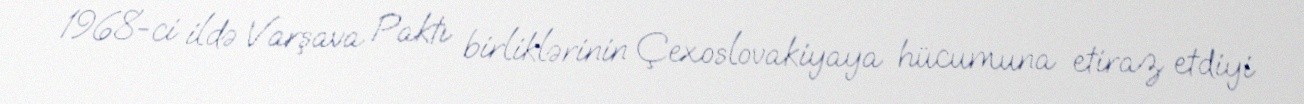
1968-ci ildə Varşava Paktı birliklərinin Çexoslovakiyaya hücumuna etiraz etdiyi